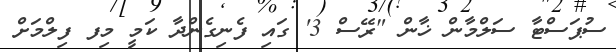
ސުޕަސްޓާ ސަލްމާން ޚާން "ރޭސް 3' ގައި ފެނިގެންދާ ކަމީ މިފ ފިލްމަށް